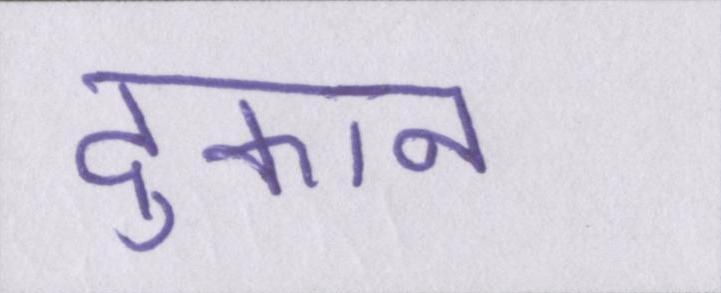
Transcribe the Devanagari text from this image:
दुकान